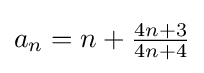
a_{n}=n+{\tfrac {4n+3}{4n+4}}